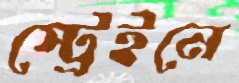
স্ট্রেইনে